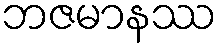
ဘဇမာနဿ